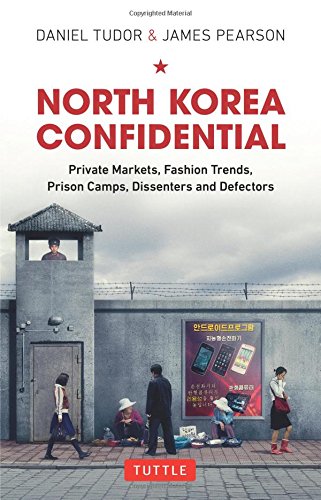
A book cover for North Korea Confidential: Private Markets, Fashion Trends, Prison Camps, Dissenters and Defectors; Daniel Tudor; Business & Money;